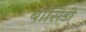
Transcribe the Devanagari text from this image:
बॉसिडी